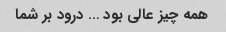
همه چیز عالی بود … درود بر شما